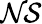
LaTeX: \mathcal{NS}